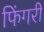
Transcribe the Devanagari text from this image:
फिंगरी